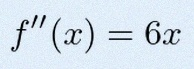
f''(x)=6x